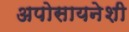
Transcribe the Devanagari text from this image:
अपोसायनेशी